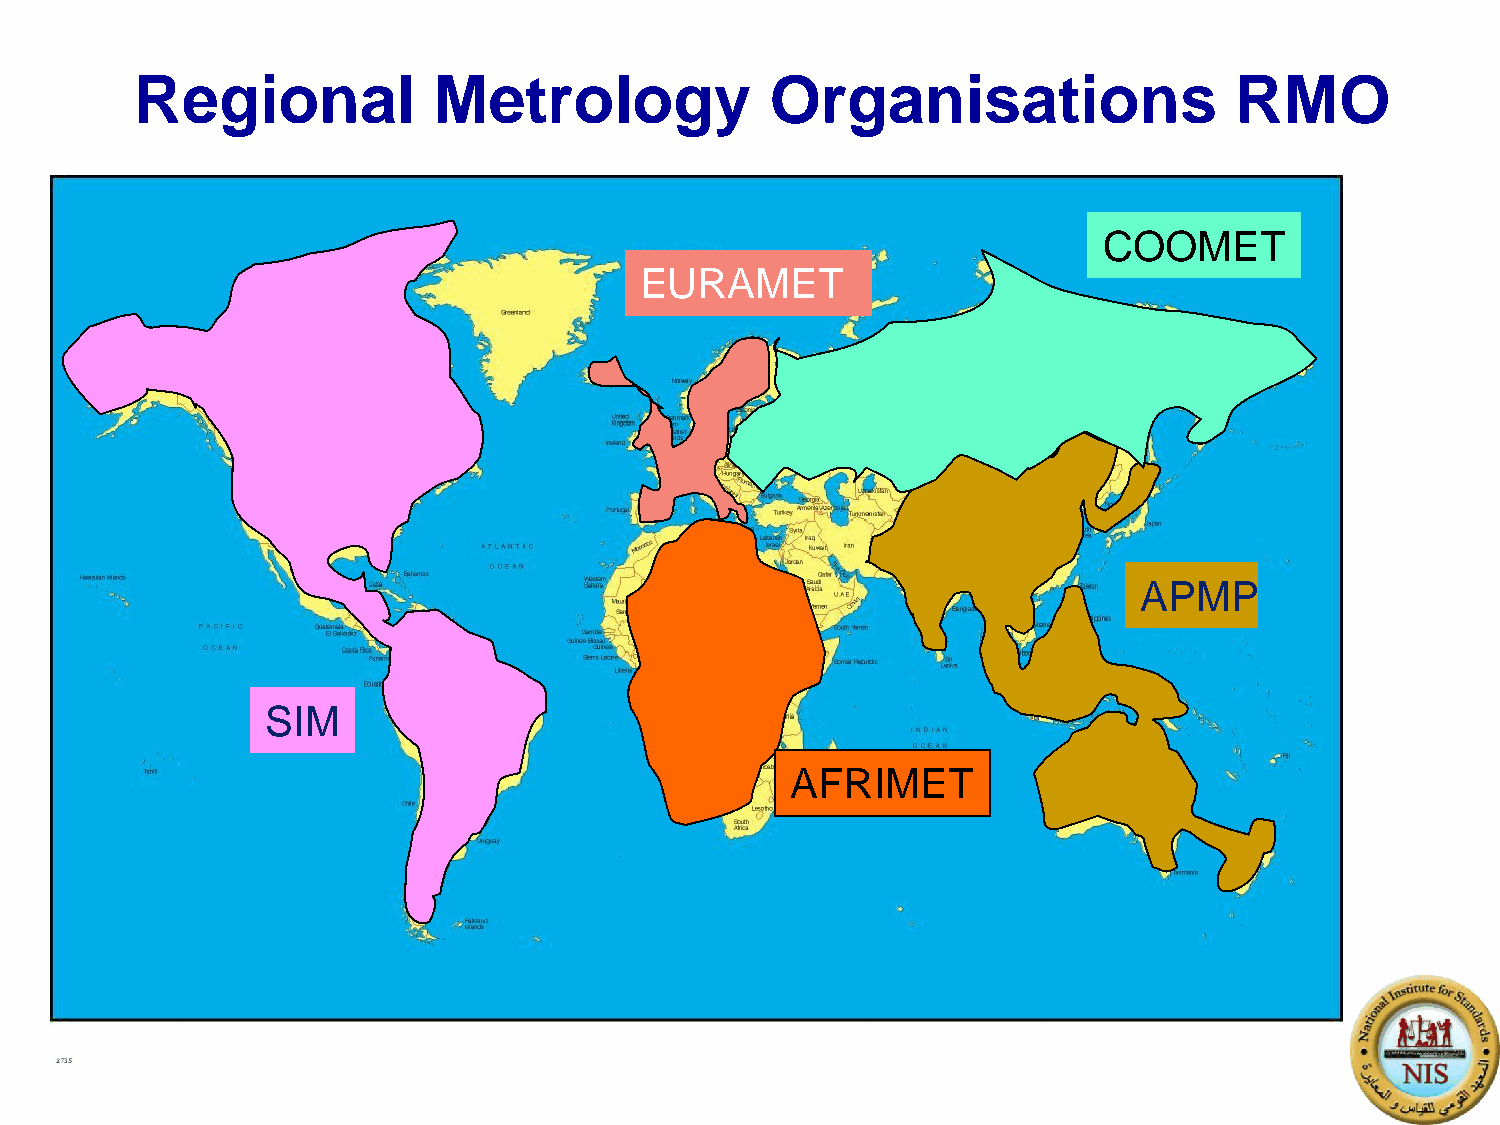
Regional            Metrology             Organisations                  RMO
 19
 COOMET
 EURAMET
 APMP
 SIM
 AFRIMET